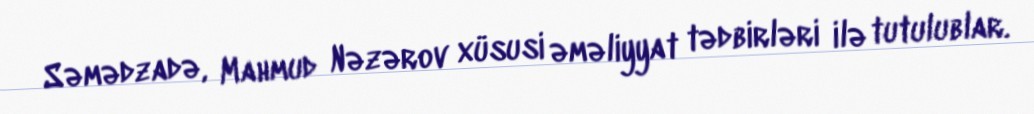
Səmədzadə, Mahmud Nəzərov xüsusi əməliyyat tədbirləri ilə tutulublar.